Theory and practice of anti-rabic immunisation - Number 30
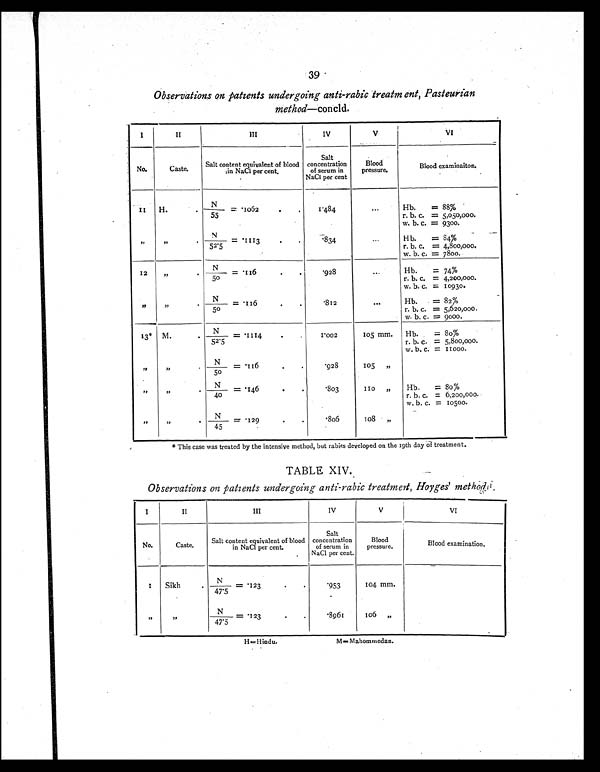
39
Observations on patients undergoing anti-rabic treatm ent, Pasteurian
method—concld.
I
II
III
IV
V
VI
No.
Caste.
Salt content equivalent of blood
in NaCl per cent.
Salt
concentration
of serum in
NaCl per cent
Blood
pressure.
Blood examinaiton.
11 H.
N/55 = .10
6 2
1.484
...
Hb.
= 88%
r. b. c. = 5,050,000.
w. b. c. = 9300.
" "
N/52.5 = . 1113
. 8 3 4
. . . Hb. = 84%
r. b. c. = 4,800,000.
w. b. c. = 7800.
12
"
N / 5 0 = . 1 1 6
.928
. . .
Hb.
= 74%
r. b. c. = 4,200,000.
w. b. c. = 10930.
"
"
N/50 = .116
.812
. . .
Hb. = 82%
r. b. c. = 5,620,000.
w. b. c. = 9000.
13* M.
N/52.5 = .1114
1.002
105 mm. Hb.
= 80%
r. b. c. = 5,800,000.
w. b. c. = 11000.
""
N/50 = .116
.928
105 "
""
N/40 = 146
.803
110 "
Hb.
= 80%
r. b. c. = 6,200,000.
w. b. c. = 10500.
"
"
N/45 = .129
.806
108 "
* This case was treated by the intensive method, but rabies developed on the 19th day of treatment.
TABLE XIV.
Observations on patients undergoing anti-rabic treatment, Hoyges' method.
I
I I
III
IV
V
VI
No.
Caste.
Salt content equivalent of blood
in NaCl per cent.
Salt
concentration
of serum in
NaCI per cent.
Blood
pressure.
Blood examination.
1
Sikh
N/47.5 = .123
. 9 5 3 104 mm.
"
"
N/47.5 = .123
. 8 9 6 1 106 "
H=Hindu.
M=Mahommedan.